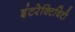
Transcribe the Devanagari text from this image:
इंटरेक्टिविटी